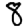
Digit: 8